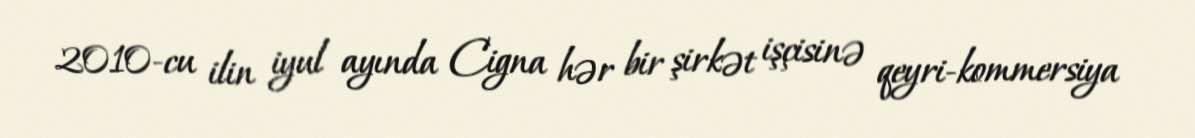
2010-cu ilin iyul ayında Cigna hər bir şirkət işçisinə qeyri-kommersiya